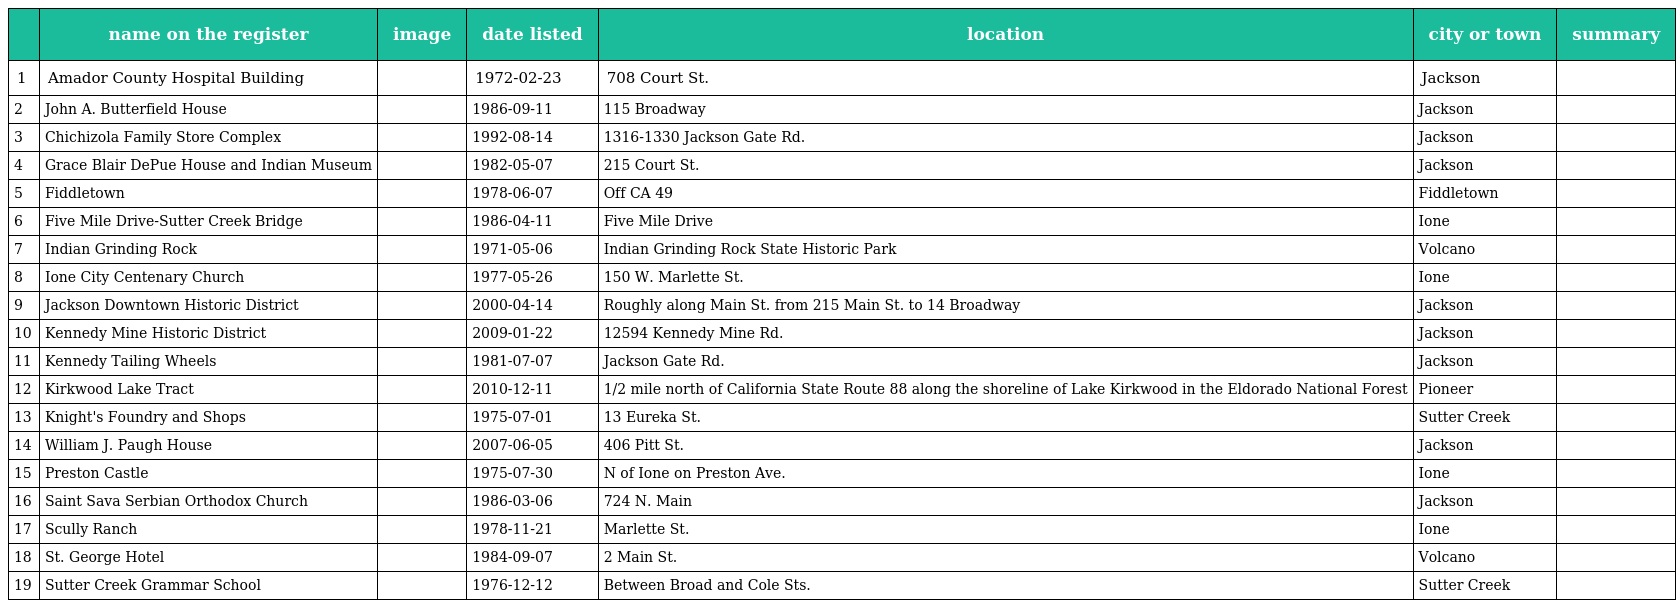
|  | name on the register | image | date listed | location | city or town | summary |
 | --- | --- | --- | --- | --- | --- | --- |
 | 1 | Amador County Hospital Building |  | 1972-02-23 | 708 Court St. | Jackson |  |
 | 2 | John A. Butterfield House |  | 1986-09-11 | 115 Broadway | Jackson |  |
 | 3 | Chichizola Family Store Complex |  | 1992-08-14 | 1316-1330 Jackson Gate Rd. | Jackson |  |
 | 4 | Grace Blair DePue House and Indian Museum |  | 1982-05-07 | 215 Court St. | Jackson |  |
 | 5 | Fiddletown |  | 1978-06-07 | Off CA 49 | Fiddletown |  |
 | 6 | Five Mile Drive-Sutter Creek Bridge |  | 1986-04-11 | Five Mile Drive | Ione |  |
 | 7 | Indian Grinding Rock |  | 1971-05-06 | Indian Grinding Rock State Historic Park | Volcano |  |
 | 8 | Ione City Centenary Church |  | 1977-05-26 | 150 W. Marlette St. | Ione |  |
 | 9 | Jackson Downtown Historic District |  | 2000-04-14 | Roughly along Main St. from 215 Main St. to 14 Broadway | Jackson |  |
 | 10 | Kennedy Mine Historic District |  | 2009-01-22 | 12594 Kennedy Mine Rd. | Jackson |  |
 | 11 | Kennedy Tailing Wheels |  | 1981-07-07 | Jackson Gate Rd. | Jackson |  |
 | 12 | Kirkwood Lake Tract |  | 2010-12-11 | 1/2 mile north of California State Route 88 along the shoreline of Lake Kirkwood in the Eldorado National Forest | Pioneer |  |
 | 13 | Knight's Foundry and Shops |  | 1975-07-01 | 13 Eureka St. | Sutter Creek |  |
 | 14 | William J. Paugh House |  | 2007-06-05 | 406 Pitt St. | Jackson |  |
 | 15 | Preston Castle |  | 1975-07-30 | N of Ione on Preston Ave. | Ione |  |
 | 16 | Saint Sava Serbian Orthodox Church |  | 1986-03-06 | 724 N. Main | Jackson |  |
 | 17 | Scully Ranch |  | 1978-11-21 | Marlette St. | Ione |  |
 | 18 | St. George Hotel |  | 1984-09-07 | 2 Main St. | Volcano |  |
 | 19 | Sutter Creek Grammar School |  | 1976-12-12 | Between Broad and Cole Sts. | Sutter Creek |  |